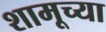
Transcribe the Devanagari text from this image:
शामूच्या